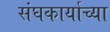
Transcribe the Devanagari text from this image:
संघकार्याच्या